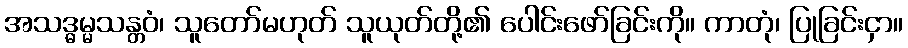
အသဒ္ဓမ္မသန္တဝံ၊ သူတော်မဟုတ် သူယုတ်တို့၏ ပေါင်းဖော်ခြင်းကို။ ကာတုံ၊ ပြုခြင်းငှာ။